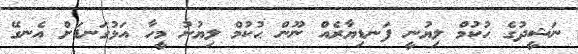
ނަޝީދުގެ ޙުކުމް ލިޔުނީ ފަނޑިޔާރެއް ނޫން ޙުކުމް ލިޔުނު މީހާ އަޅުގަނޑަށް އެނގޭ